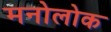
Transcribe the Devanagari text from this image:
मनोलोक